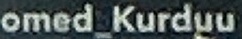
omed_Kurduu